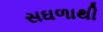
સઘળાથી